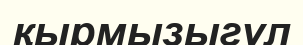
қырмызыгүл